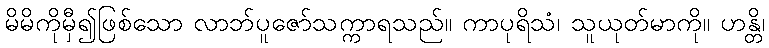
မိမိကိုမှီ၍ဖြစ်သော လာဘ်ပူဇော်သက္ကာရသည်။ ကာပုရိသံ၊ သူယုတ်မာကို။ ဟန္တိ၊